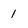
Character: 1